Annual administration report of the Civil Veterinary Department of India - 1892-1893
Year: 1892
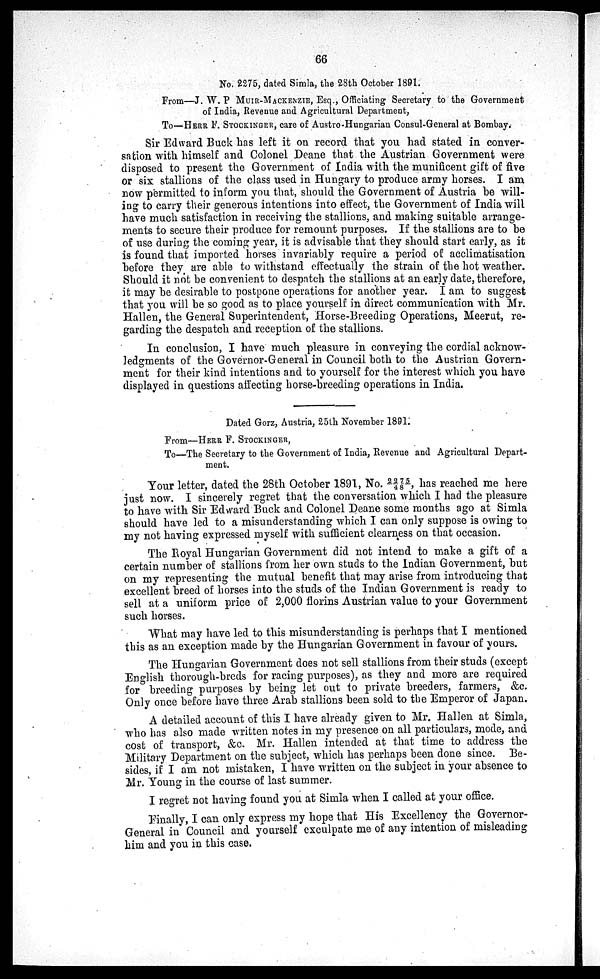
66
No. 2275, dated Simla, the 28th October 1891.
From—J. W. P MUIR-MACKENZIE, Esq., Officiating Secretary to the Government
of India, Revenue and Agricultural Department,
To—HERR F. STOCKINGER, care of Austro-Hungarian Consul-General at Bombay.
Sir Edward Buck has left it on record that you had stated in conver-
sation with himself and Colonel Deane that the Austrian Government were
disposed to present the Government of India with the munificent gift of five
or six stallions of the class used in Hungary to produce army horses. I am
now permitted to inform you that, should the Government of Austria be will-
ing to carry their generous intentions into effect, the Government of India will
have much satisfaction in receiving the stallions, and making suitable arrange-
ments to secure their produce for remount purposes. If the stallions are to be
of use during the coming year, it is advisable that they should start early, as it
is found that imported horses invariably require a period of acclimatisation
before they are able to withstand effectually the strain of the hot weather.
Should it not be convenient to despatch the stallions at an early date, therefore,
it may be desirable to postpone operations for another year. I am to suggest
that you will be so good as to place yourself in direct communication with Mr.
Hallen, the General Superintendent, Horse-Breeding Operations, Meerut, re-
garding the despatch and reception of the stallions.
In conclusion, I have much pleasure in conveying the cordial acknow-
ledgments of the Governor-General in Council both to the Austrian Govern-
ment for their kind intentions and to yourself for the interest which you have
displayed in questions affecting horse-breeding operations in India.
Dated Gorz, Austria, 25th November 1891.
From—HERR F. STOCKINGER,
To—The Secretary to the Government of India, Revenue and Agricultural Depart-
ment.
Your letter, dated the 28th October 1891, No. 2275/48, has reached me here
just now. I sincerely regret that the conversation which I had the pleasure
to have with Sir Edward Buck and Colonel Deane some months ago at Simla
should have led to a misunderstanding which I can only suppose is owing to
my not having expressed myself with sufficient clearness on that occasion.
The Royal Hungarian Government did not intend to make a gift of a
certain number of stallions from her own studs to the Indian Government, but
on my representing the mutual benefit that may arise from introducing that
excellent breed of horses into the studs of the Indian Government is ready to
sell at a uniform price of 2,000 florins Austrian value to your Government
such horses.
What may have led to this misunderstanding is perhaps that I mentioned
this as an exception made by the Hungarian Government in favour of yours.
The Hungarian Government does not sell stallions from their studs (except
English thorough-breds for racing purposes), as they and more are required
for breeding purposes by being let out to private breeders, farmers, &c.
Only once before have three Arab stallions been sold to the Emperor of Japan.
A detailed account of this I have already given to Mr. Hallen at Simla,
who has also made written notes in my presence on all particulars, mode, and
cost of transport, &c. Mr. Hallen intended at that time to address the
Military Department on the subject, which has perhaps been done since. Be-
sides, if I am not mistaken, I have written on the subject in your absence to
Mr. Young in the course of last summer.
I regret not having found you at Simla when I called at your office.
Finally, I can only express my hope that His Excellency the Governor-
General in Council and yourself exculpate me of any intention of misleading
him and you in this case.